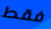
فقط